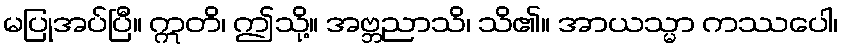
မပြုအပ်ပြီ။ ဣတိ၊ ဤသို့။ အဗ္ဘညာသိ၊ သိ၏။ အာယသ္မာ ကဿပေါ၊